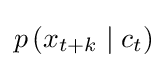
p\left(x_{t+k}\mid c_{t}\right)